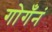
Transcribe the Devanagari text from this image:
गोगँनं